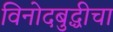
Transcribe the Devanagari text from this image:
विनोदबुद्धीचा